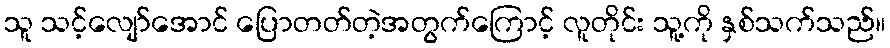
သူ သင့်လျော်အောင် ပြောတတ်တဲ့အတွက်ကြောင့် လူတိုင်း သူ့ကို နှစ်သက်သည်။